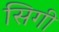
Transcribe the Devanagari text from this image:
सिगी